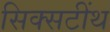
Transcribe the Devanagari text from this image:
सिक्सटींथ